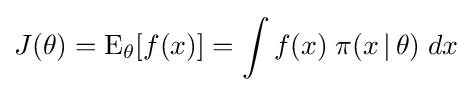
J(\theta )=\operatorname {E} _{\theta }[f(x)]=\int f(x)\;\pi (x\,|\,\theta )\;dx